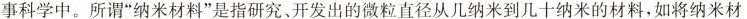
事科学中。所谓”纳米材料”是指研究、开发出的微粒直径从几纳米到几十纳米的材料，如将纳米材